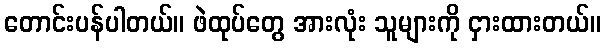
တောင်းပန်ပါတယ်။ ဖဲထုပ်တွေ အားလုံး သူများကို ငှားထားတယ်။